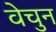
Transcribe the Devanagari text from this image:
वेचुन